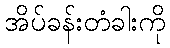
အိပ်ခန်းတံခါးကို